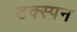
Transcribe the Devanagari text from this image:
टक्स्पन